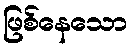
ဖြစ်နေသော